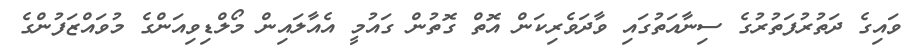
ވައިގެ ދަތުރުފަތުރުގެ ސިނާއަތުގައި ވާދަވެރިކަން އޮތް ގޮތުން ގައުމީ އެއާލައިން މޯލްޑިވިއަންގެ މުވައްޒަފުންގެ